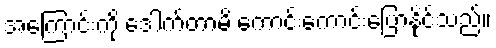
အကြောင်းကို ဒေါက်တာမိ ကောင်းကောင်းပြောနိုင်သည်။